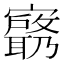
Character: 𫴟